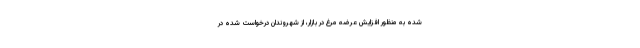
شده به منظور افزایش عرضه مرغ در بازار، از شهروندان درخواست شده در